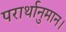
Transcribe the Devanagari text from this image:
परार्थानुमान।